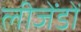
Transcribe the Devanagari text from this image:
लीजेंडों